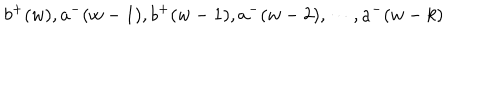
b ^ { + } ( w ) , a ^ { - } ( w - 1 ) , b ^ { + } ( w - 1 ) , a ^ { - } ( w - 2 ) , \cdots , a ^ { - } ( w - k )